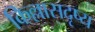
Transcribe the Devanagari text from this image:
किल्लासदृष्य